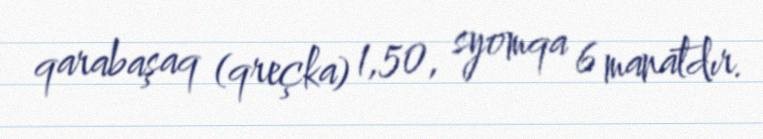
qarabaşaq (qreçka) 1,50, syomqa 6 manatdır.